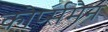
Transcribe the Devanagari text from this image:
कोर्प्समैन